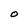
Character: O